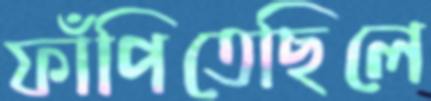
ফাঁপিতেছিলে